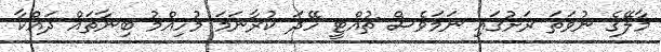
މާލޭގެ ނުވަތަ ރަށުގައި ނަމަވެސް ޗުއްޓީ ހޭދަ ކުރާނަމަ މުހިއްމު ބިނާތައް ދައްކާ